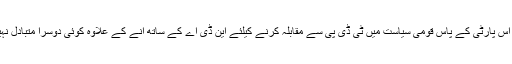
کیونکہ اس پارٹی کے پاس قومی سیاست میں ٹی ڈی پی سے مقابلہ کرنے کیلئے این ڈی اے کے ساتھ آنے کے علاوہ کوئی دوسرا متبادل نہیں ہوگا۔